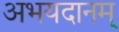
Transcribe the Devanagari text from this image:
अभयदानम्